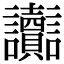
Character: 讟